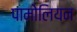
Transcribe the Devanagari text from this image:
पामोलियन